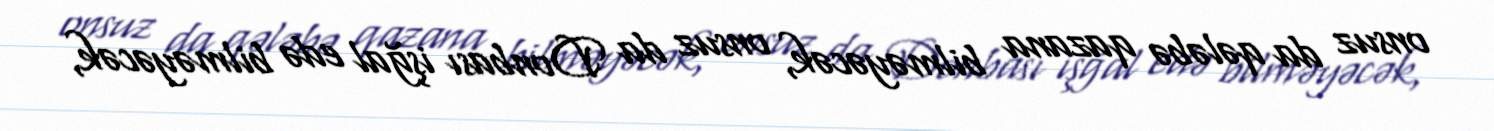
onsuz da qələbə qazana bilməyəcək, onsuz da Donbası işğal edə bilməyəcək,